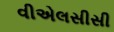
વીએલસીસી